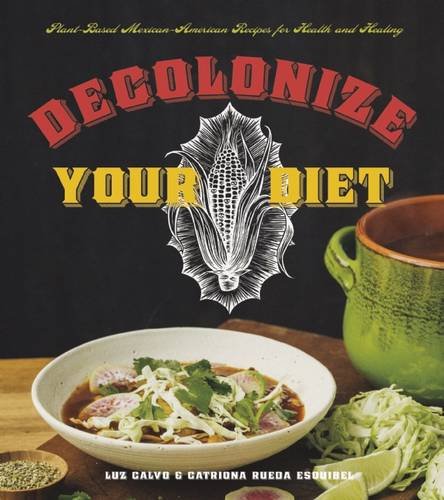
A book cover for Decolonize Your Diet: Plant-Based Mexican-American Recipes for Health and Healing; Luz Calvo; Cookbooks, Food & Wine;